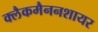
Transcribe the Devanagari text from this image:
क्लैकमैननशायर